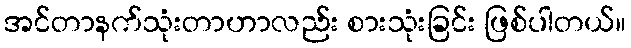
အင်တာနက်သုံးတာဟာလည်း စားသုံးခြင်း ဖြစ်ပါတယ်။